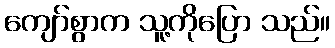
ကျော်စွာက သူ့ကိုပြော သည်။